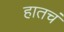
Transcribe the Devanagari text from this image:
हातचं